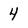
Character: 4